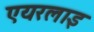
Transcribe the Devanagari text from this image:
एयरलाइ